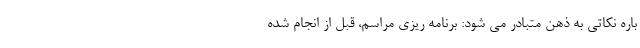
باره نکاتی به ذهن متبادر می شود: برنامه ریزی مراسم، قبل از انجام شده